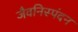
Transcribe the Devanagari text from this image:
जैवनिस्पंदन